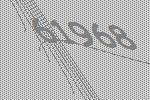
61968